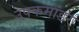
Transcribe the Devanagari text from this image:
उपकमांडर